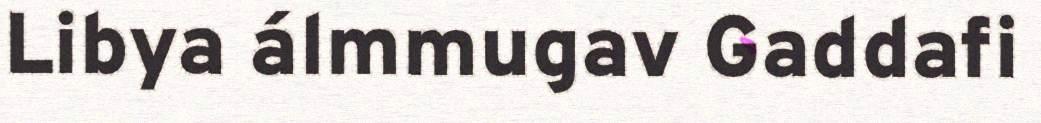
Libya álmmugav Gaddafi